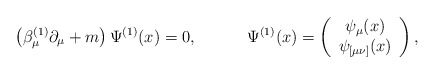
\begin{align*}\left( \beta _\mu ^{(1)}\partial _\mu +m\right) \Psi ^{(1)}(x)=0,\hspace{0.5in}\Psi ^{(1)}(x)=\left(\begin{array}{c}\psi_\mu (x)\\\psi_{[\mu \nu ]}(x)\end{array}\right), \end{align*}